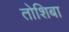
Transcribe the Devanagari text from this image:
तोशिबा